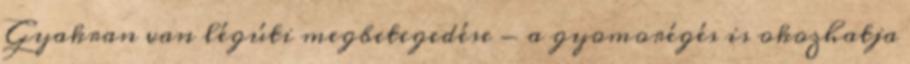
Gyakran van légúti megbetegedése - a gyomorégés is okozhatja